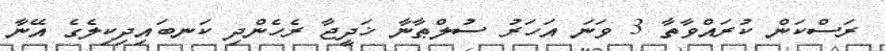
ރަސްކަން ކުރައްވާތާ 3 ވަނަ އަހަރު ސުލްޠާނާ ޚަދީޖާ ރެހެންދި ކަނބައިދިކިލެގެ އޭނާ